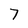
Character: 7